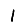
Digit: 1